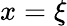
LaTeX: x=\xi